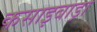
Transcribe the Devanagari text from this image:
कसाइबाड़ा